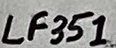
Text: LF351